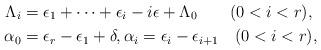
LaTeX: \begin{align*}\Lambda_i&=\epsilon_1+ \cdots+\epsilon_{i}-i\epsilon+\Lambda_0\qquad(0<i<r),\\\alpha_0&=\epsilon_{r}-\epsilon_{1}+\delta,\alpha_i=\epsilon_{i}-\epsilon_{i+1}\quad(0<i<r),\end{align*}